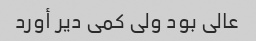
عالی بود ولی کمی دیر أورد